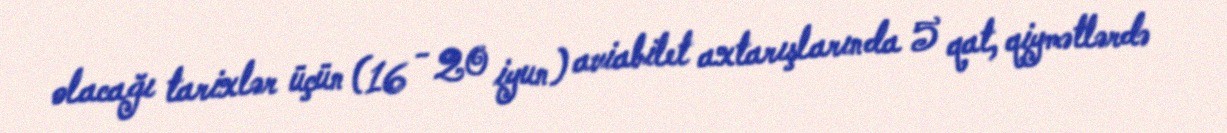
olacağı tarixlər üçün (16 - 20 iyun) aviabilet axtarışlarında 5 qat, qiymətlərdə